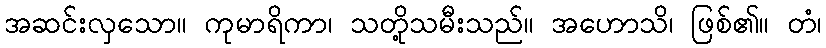
အဆင်းလှသော။ ကုမာရိကာ၊ သတို့သမီးသည်။ အဟောသိ၊ ဖြစ်၏။ တံ၊